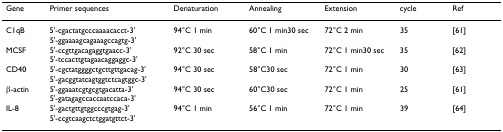
| Gene | Primer sequences | Denaturation | Annealing | Extension | cycle | Ref |
 | --- | --- | --- | --- | --- | --- | --- |
 | C1qB | 5'-cgactatgcccaaaacacct-3'5'-ggaaaagcagaaagccagtg-3' | 94°C 1 min | 60°C 1 min30 sec | 72°C 2 min | 35 | [61] |
 | MCSF | 5'-ccgttgacagaggtgaacc-3'5'-tccacttgtagaacaggaggc-3' | 92°C 30 sec | 58°C 1 min | 72°C 1 min30 sec | 35 | [62] |
 | CD40 | 5'-cgctatggggctgcttgttgacag-3'5'-gacggtatcagtggtctcagtggc-3' | 94°C 30 sec | 58°C30 sec | 72°C 1 min | 30 | [63] |
 | β-actin | 5'-ggaaatcgtgcgtgacatta-3'5'-gatagagccaccaatccaca-3' | 94°C 30 sec | 60°C30 sec | 72°C 1 min | 25 | [61] |
 | IL-8 | 5'-gactgttgtggcccgtgag-3'5'-ccgtcaagctctggatgttct-3' | 94°C 1 min | 56°C 1 min | 72°C 1 min | 39 | [64] |